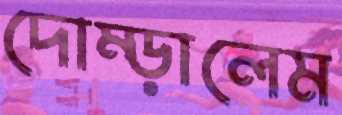
দোম্‌ড়ালেম